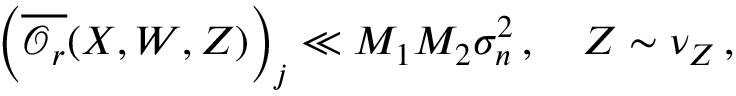
\left( \overline { { \boldsymbol { \mathcal { O } } _ { r } } } ( \boldsymbol { X } , \boldsymbol { W } , Z ) \right) _ { j } \ll M _ { 1 } M _ { 2 } \sigma _ { n } ^ { 2 } \, , \quad Z \sim \nu _ { Z } \, ,